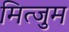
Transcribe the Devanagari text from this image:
मित्जुम